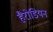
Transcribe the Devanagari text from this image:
हैरोडियन